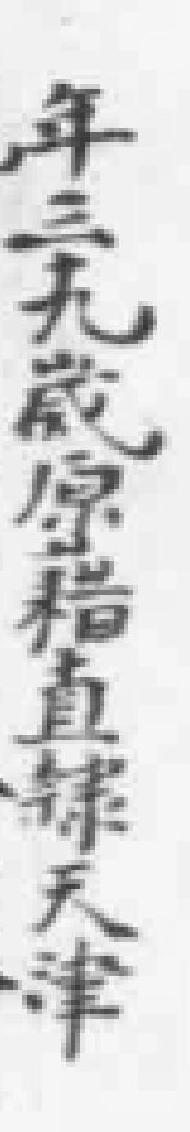
年三十九歲原籍直隸天津